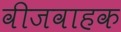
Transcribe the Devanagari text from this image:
वीजवाहक